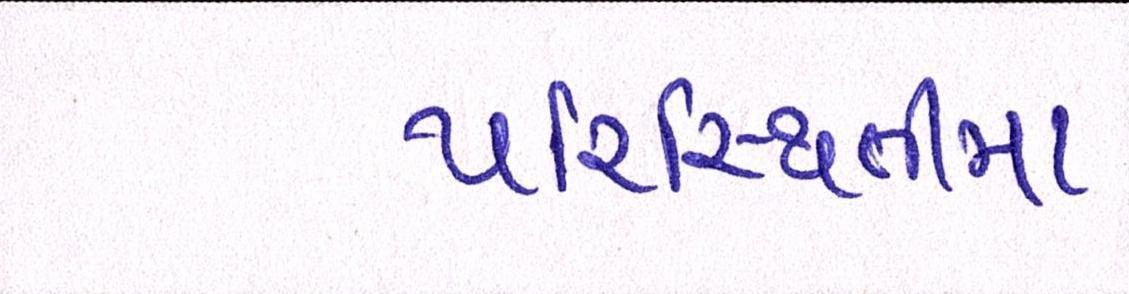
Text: પરિસ્થિતીમા